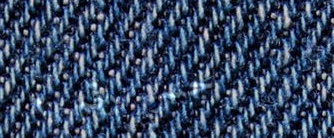
جسر رقم ٢